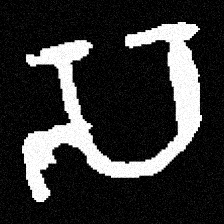
Pyu character \u2014 Myanmar letter: သ (romanized: sa)